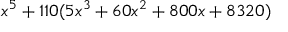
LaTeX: x ^ { 5 } + 1 1 0 ( 5 x ^ { 3 } + 6 0 x ^ { 2 } + 8 0 0 x + 8 3 2 0 )